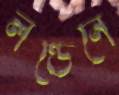
লন্ডেনে